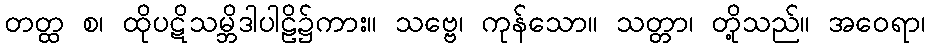
တတ္ထ စ၊ ထိုပဋိသမ္ဘိဒါပါဠိ၌ကား။ သဗ္ဗေ၊ ကုန်သော။ သတ္တာ၊ တို့သည်။ အဝေရာ၊